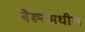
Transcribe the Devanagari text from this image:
बैरूतमधील